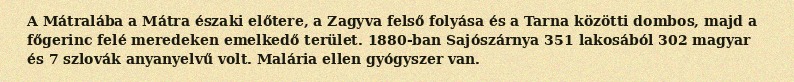
A Mátralába a Mátra északi előtere, a Zagyva felső folyása és a Tarna közötti dombos, majd a főgerinc felé meredeken emelkedő terület. 1880-ban Sajószárnya 351 lakosából 302 magyar és 7 szlovák anyanyelvű volt. Malária ellen gyógyszer van.